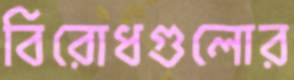
বিরোধগুলোর